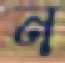
ন